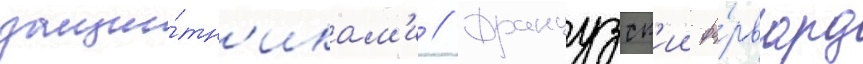
защи́тн'икам'и // Французск'ии фо́рвард